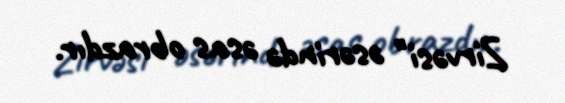
Zirvəsi" əsərində əsas obrazdır.